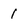
Character: 1